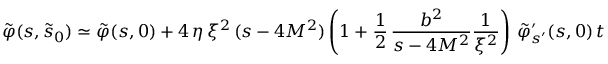
\tilde { \varphi } ( s , \tilde { s } _ { 0 } ) \simeq \tilde { \varphi } ( s , 0 ) + 4 \, \eta \, \xi ^ { 2 } \, ( s - 4 M ^ { 2 } ) \left( 1 + \frac { 1 } { 2 } \, \frac { b ^ { 2 } } { s - 4 M ^ { 2 } } \frac { 1 } { \xi ^ { 2 } } \right) \, \tilde { \varphi } _ { s ^ { \prime } } ^ { \prime } ( s , 0 ) \, t